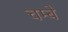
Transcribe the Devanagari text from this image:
चम्बे